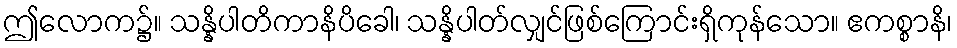
ဤလောက၌။ သန္နိပါတိကာနိပိခေါ၊ သန္နိပါတ်လျှင်ဖြစ်ကြောင်းရှိကုန်သော။ ဧကစ္စာနိ၊